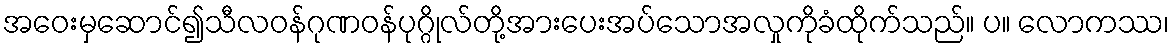
အဝေးမှဆောင်၍သီလဝန်ဂုဏဝန်ပုဂ္ဂိုလ်တို့အားပေးအပ်သောအလှုကိုခံထိုက်သည်။ ပ။ လောကဿ၊